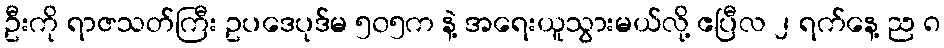
ဦးကို ရာဇသတ်ကြီး ဥပဒေပုဒ်မ ၅၀၅က နဲ့ အရေးယူသွားမယ်လို့ ဧပြီလ ၂ ရက်နေ့ ည ၈